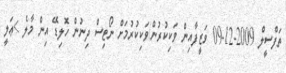
ތަފްސީލް 2009-12-09 ވަޒީފާއިން ވަކިކުރުން/ވަކިކުރުމަށް ނޯޓިސް ދިނުން ހޮލިޑޭ އިން މާލެ >ޢަލީ